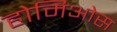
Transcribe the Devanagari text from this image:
होमिओस